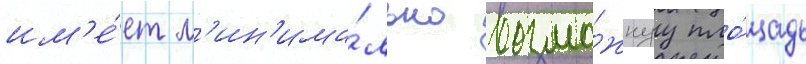
им'е́ет м'ин'има́льно возмо́жнуу пло́щадь